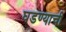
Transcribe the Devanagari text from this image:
घडण्याची